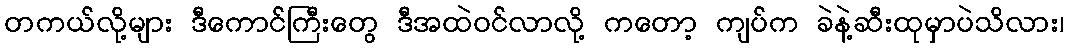
တကယ်လို့များ ဒီကောင်ကြီးတွေ ဒီအထဲဝင်လာလို့ ကတော့ ကျပ်က ခဲနဲ့ဆီးထုမှာပဲသိလား၊